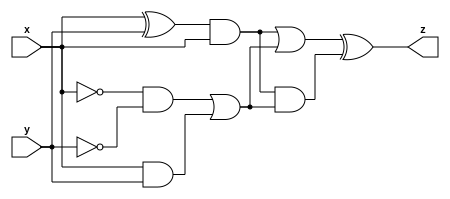
//Taken from 2015 midterm question 4

//See mt2015_q4a and mt2015_q4b for the submodules used here. The top-level design consists of two instantiations each of subcircuits A and B, as shown below.


module top_module (input x, input y, output z);

    wire q4b_z, q4a_z;
    
    assign q4b_z = (~x & ~y) | (x & y);
    assign q4a_z = (x ^ y) & x;
    
    assign z = (q4a_z | q4b_z) ^ (q4a_z & q4b_z);
    
endmodule